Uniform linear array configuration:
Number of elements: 12
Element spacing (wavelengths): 0.5
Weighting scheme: uniform
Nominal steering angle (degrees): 30
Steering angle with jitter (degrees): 28.87
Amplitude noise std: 0.05
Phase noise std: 0.05

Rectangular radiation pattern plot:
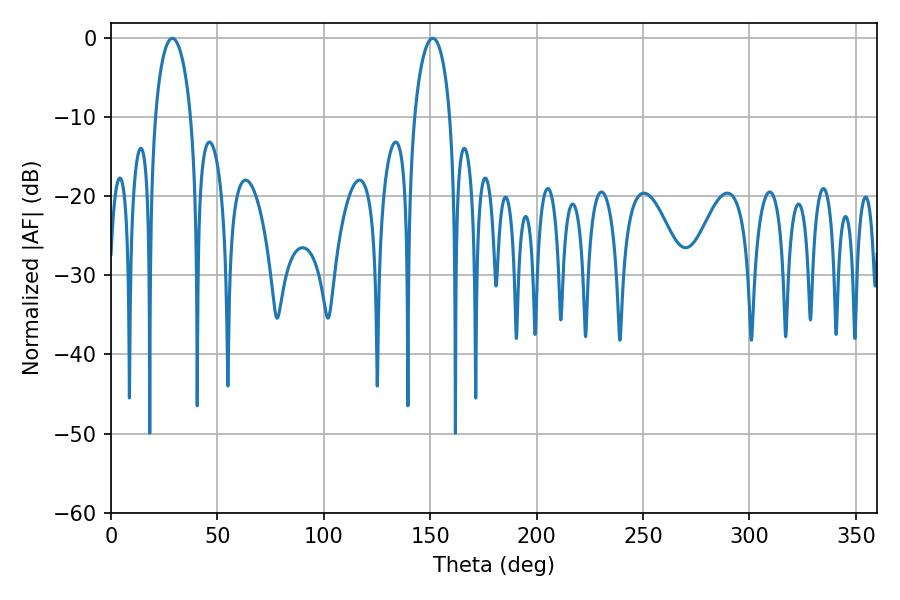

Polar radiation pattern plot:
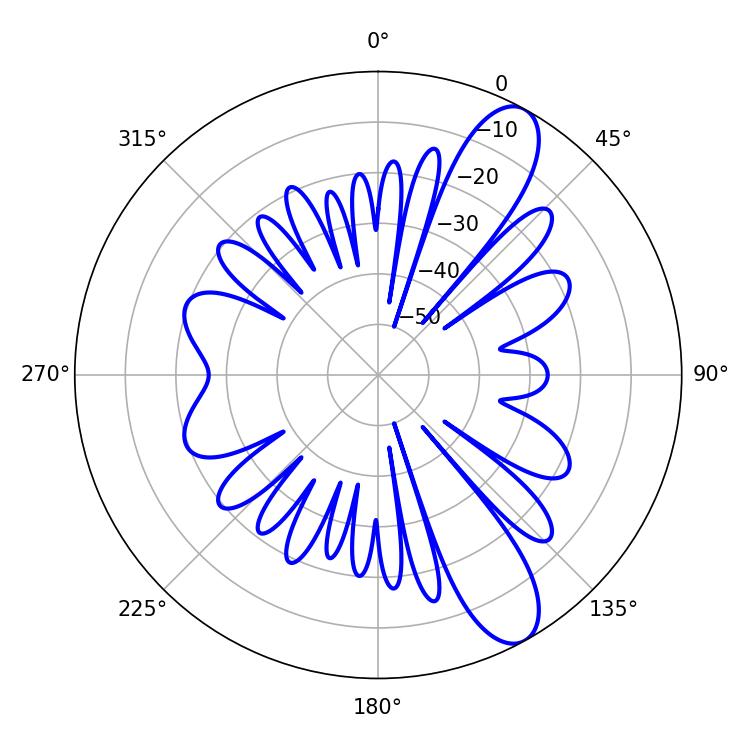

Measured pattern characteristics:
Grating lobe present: FALSE
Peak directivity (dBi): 10.6
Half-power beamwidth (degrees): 9.54
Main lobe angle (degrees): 28.8